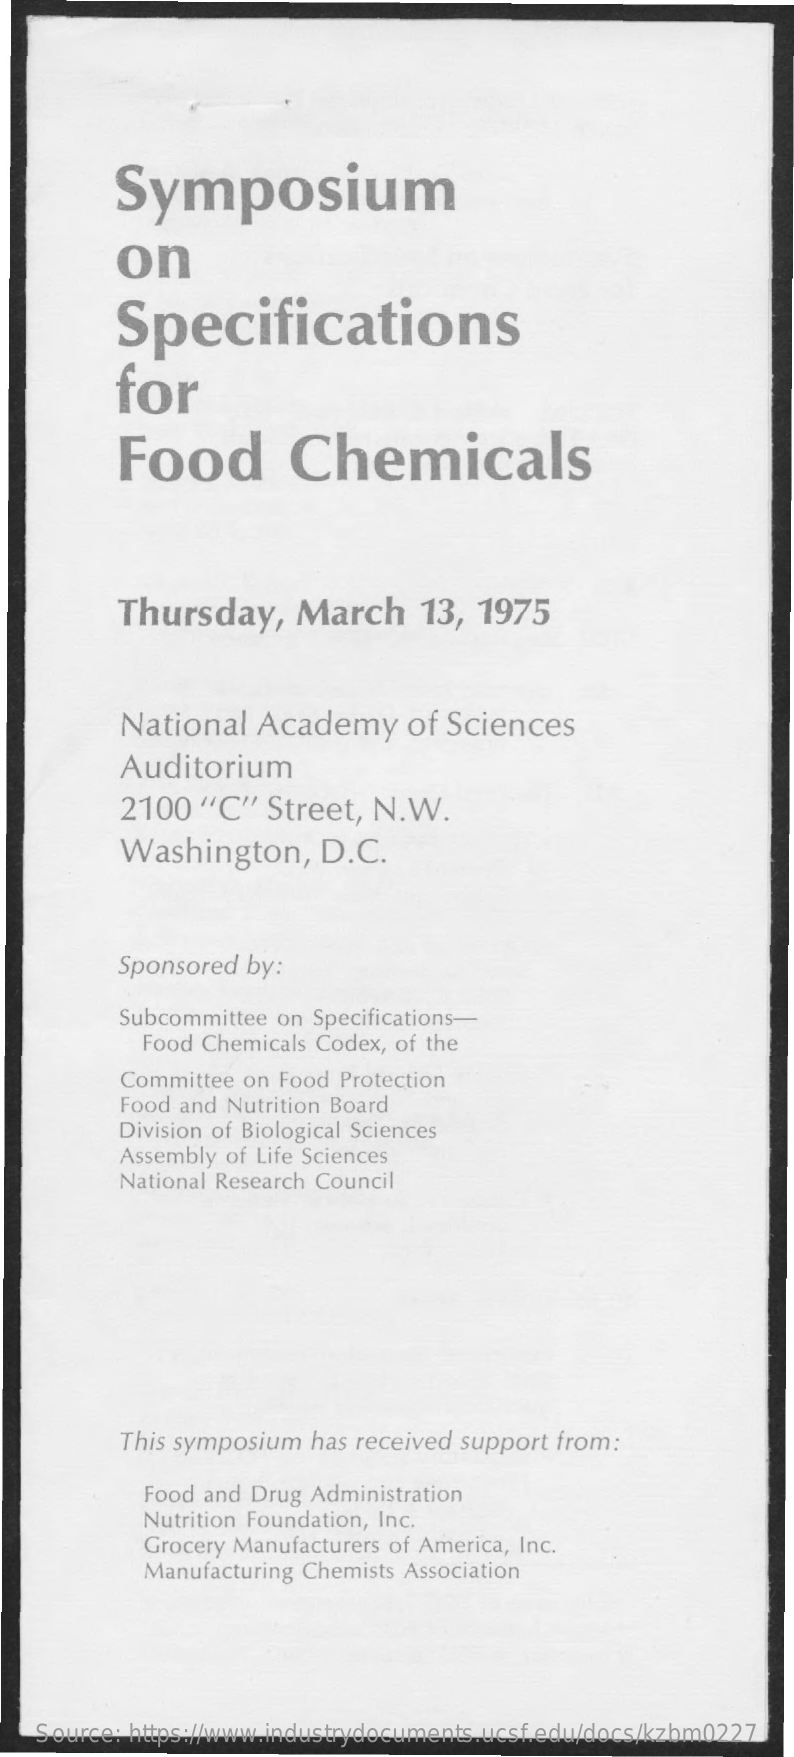
Symposium
     on
     Specifications
     for
     Food    Chemicals
     Thursday,    March    13,  1975
     National   Academy    of  Sciences
     Auditorium
     2100  "C"   Street, N.W.
     Washington,    D.C.
     Sponsored by:
     Subcommittee on Specifications-
     Food Chemicals Codex, of the
     Committee on Food Protection
     Food and Nutrition Board
     Division of Biological Sciences
     Assembly of Life Sciences
     National Research Council
     This symposium has received support from:
     Food and Drug Administration
     Nutrition Foundation, Inc.
     Grocery Manufacturers of America, Inc.
     Manufacturing Chemists Association
    Source: https://www.industrydocuments.ucsf.edu/docs/kzbm0227